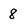
Character: 8